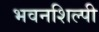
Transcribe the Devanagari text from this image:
भवनशिल्पी